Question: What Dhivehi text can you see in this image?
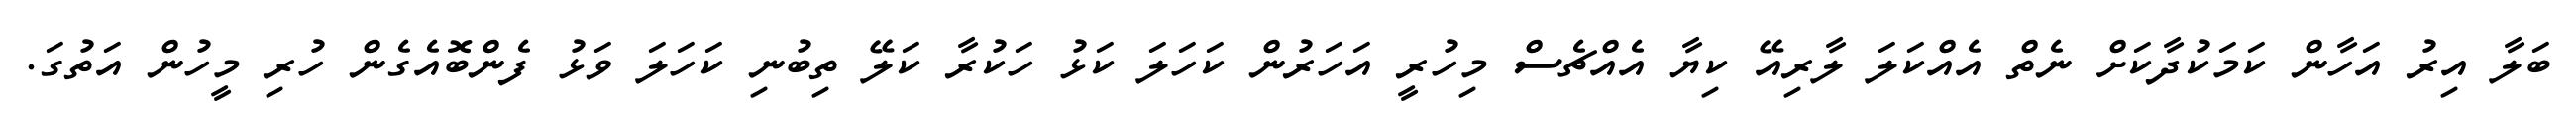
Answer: ބަލާ އިރު އަހާން ކަމަކުދާކަށް ނެތް އެއްކަލަ ލާރިއޭ ކިޔާ އެއްޗެސް މިހުރީ އަހަރުން ކަހަލަ ކަޅު ހަކުރާ ކަލޭ ތިބުނި ކަހަލަ ވަޅު ފެންބޮއެގެން ހުރި މީހުން އަތުގަ.